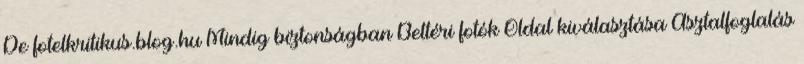
De fotelkritikus.blog.hu Mindig biztonságban Beltéri fotók Oldal kiválasztása Asztalfoglalás